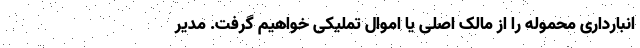
انبارداری محموله را از مالک اصلی یا اموال تملیکی خواهیم گرفت. مدیر